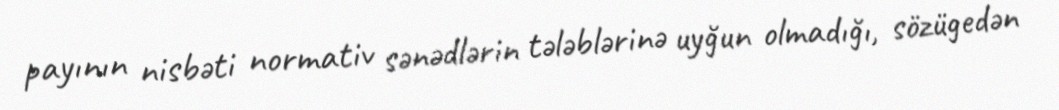
payının nisbəti normativ sənədlərin tələblərinə uyğun olmadığı, sözügedən